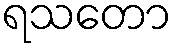
ရသတော